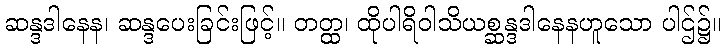
ဆန္ဒဒါနေန၊ ဆန္ဒပေးခြင်းဖြင့်။ တတ္ထ၊ ထိုပါရိဝါသိယစ္ဆန္ဒဒါနေနဟူသော ပါဌ်၌။